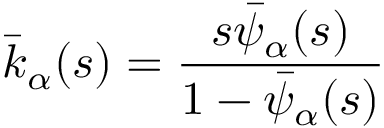
{ \bar { k } } _ { \alpha } ( s ) = { \frac { s { \bar { \psi } } _ { \alpha } ( s ) } { 1 - { \bar { \psi } } _ { \alpha } ( s ) } }